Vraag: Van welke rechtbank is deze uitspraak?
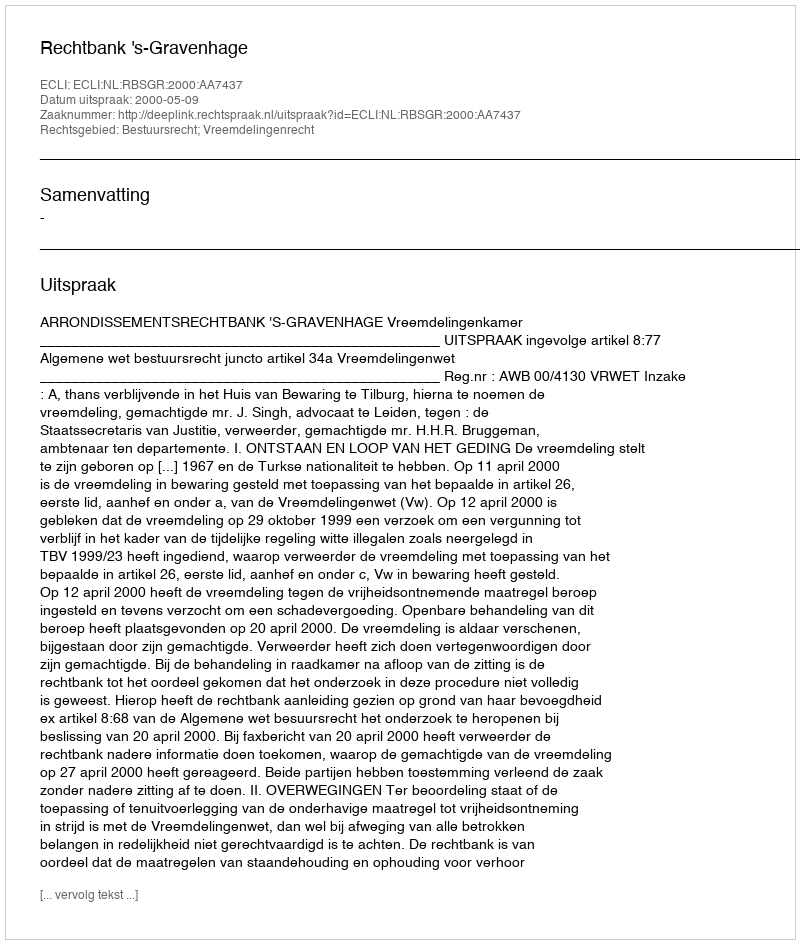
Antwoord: Rechtbank 's-Gravenhage